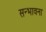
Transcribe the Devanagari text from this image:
सन्भावना